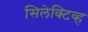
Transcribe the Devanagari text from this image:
सिलेक्टिव्ह